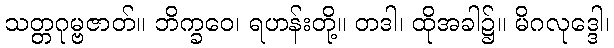
သတ္တဂုမ္ဗဇာတ်။ ဘိက္ခဝေ၊ ရဟန်းတို့။ တဒါ၊ ထိုအခါ၌။ မိဂလုဒ္ဒေါ၊